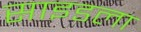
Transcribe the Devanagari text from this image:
साइडला